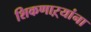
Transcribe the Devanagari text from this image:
शिकणाऱ्यांना